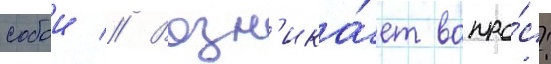
собои // Возн'ика́ет вопро́с: